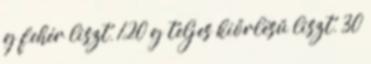
g fehér liszt, 120 g teljes kiőrlésű liszt, 30